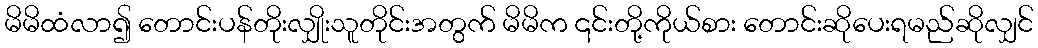
မိမိထံလာ၍ တောင်းပန်တိုးလျှိုးသူတိုင်းအတွက် မိမိက ၎င်းတို့ကိုယ်စား တောင်းဆိုပေးရမည်ဆိုလျှင်